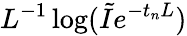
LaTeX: L^{-1}\log(\tilde{I}e^{-t_{n}L})